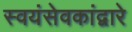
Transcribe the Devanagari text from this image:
स्वयंसेवकांद्वारे